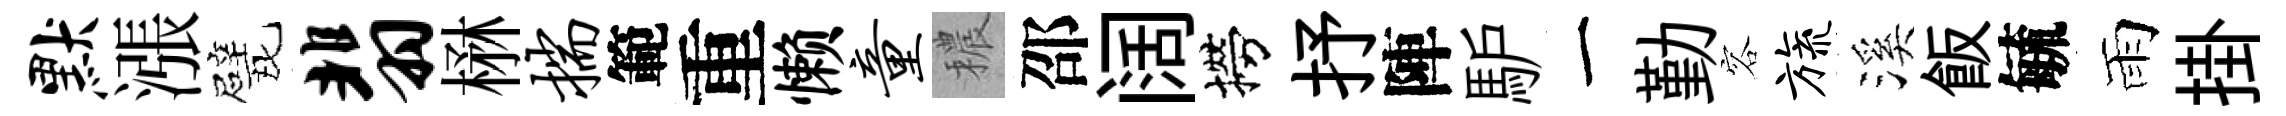
默漲戏翡楙揣範重懒童穠邵阔撈抒陣馿一勤容旒溪飯毓雨掛